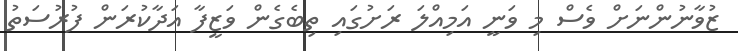
ޒުވާނުންނަށް ވެސް މި ވަނީ އަމިއްލަ ރަށުގައި ތިބެގެން ވަޒީފާ އަދާކުރަން ފުރުސަތު